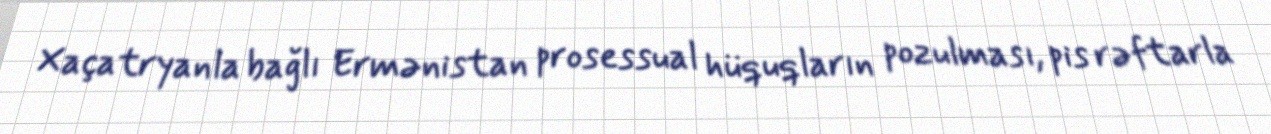
Xaçatryanla bağlı Ermənistan prosessual hüquqların pozulması, pis rəftarla